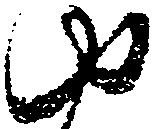
ゆ